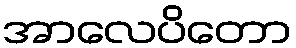
အာလေပိတော